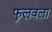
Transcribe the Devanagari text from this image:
फुलवला